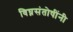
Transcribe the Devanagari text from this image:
विघ्नसंतोषींनी